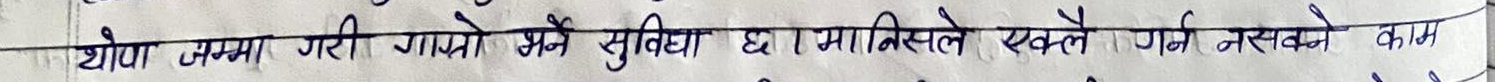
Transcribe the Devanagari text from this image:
थोक जम्मा गरी गाखो भने सुबिधा छ । मानिसले एक्लै गर्न नसक्ने काम